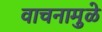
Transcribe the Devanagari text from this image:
वाचनामुळे